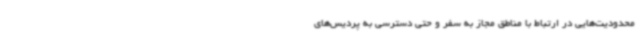
محدودیت‌هایی در ارتباط با مناطق مجاز به سفر و حتی دسترسی به پردیس‌های